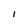
Character: i